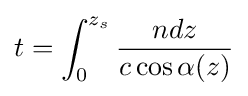
t=\int _{0}^{z_{s}}{ndz \over c\cos \alpha (z)}